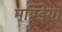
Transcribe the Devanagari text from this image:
मण्डियाँ